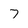
Character: 7